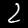
Digit: 2